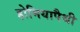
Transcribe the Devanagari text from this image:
होमियापैथी